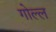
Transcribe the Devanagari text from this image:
गोल्ल